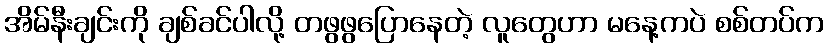
အိမ်နီးချင်းကို ချစ်ခင်ပါလို့ တဖွဖွပြောနေတဲ့ လူတွေဟာ မနေ့ကပဲ စစ်တပ်က